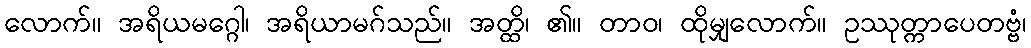
လောက်။ အရိယမဂ္ဂေါ၊ အရိယာမဂ်သည်။ အတ္ထိ၊ ၏။ တာဝ၊ ထိုမျှလောက်။ ဥဿုတ္ကာပေတဗ္ဗံ၊